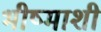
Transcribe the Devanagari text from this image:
भीष्माशी